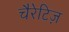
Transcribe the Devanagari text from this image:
चैरेटिज़